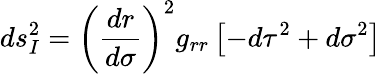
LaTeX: ds_{I}^{2}=\left(\frac{dr}{d\sigma}\right)^{2}g_{rr}\left[-d\tau^{2}+d\sigma^{2}\right]